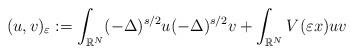
LaTeX: \begin{align*}(u,v) _\varepsilon:= \int_{\mathbb R^N} (-\Delta )^{s/2}u(-\Delta )^{s/2}v+ \int_{\mathbb R^N}V( \varepsilon x)uv\end{align*}